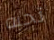
تحبه